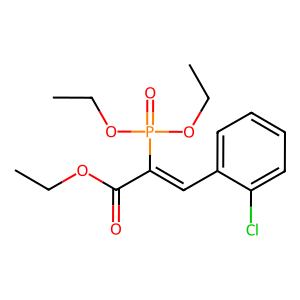
SMILES: CCOC(=O)C(=Cc1ccccc1Cl)P(=O)(OCC)OCC
Inhibits HIV replication: No